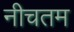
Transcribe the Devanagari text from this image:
नीचतम